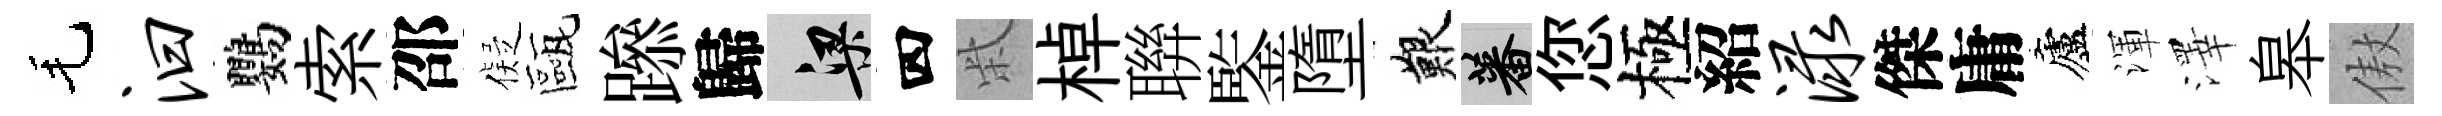
毛汩鸚索邵儗甌𨅶歸梁四柴棹聨鍳墮艱蕃您極紹渌傑庸廬渾澤皋傲